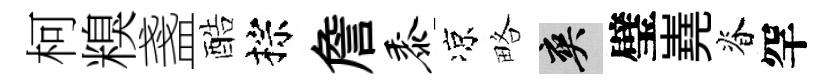
柯糗盞酷棕詹黍凉略爽璧嶤脊罕